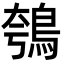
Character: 鴮